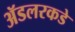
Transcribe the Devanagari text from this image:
ॲडलरकडे